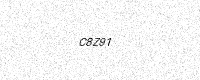
Text: C8Z91